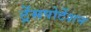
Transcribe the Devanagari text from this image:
ट्रेंसपोर्टेशन